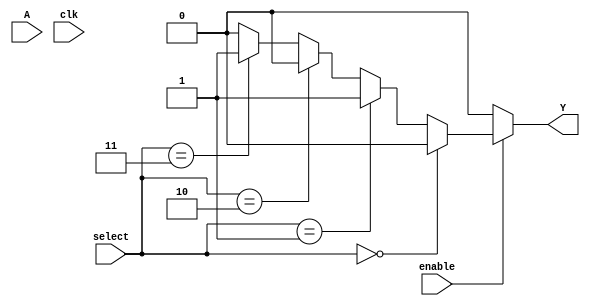
module CLB (
    input wire [3:0] A,          // 4-bit input for LUT
    input wire [1:0] select,     // 2-bit select for MUX
    input wire enable,            // Enable signal
    input wire clk,               // Clock signal (not used in combinational logic but included for structure)
    output wire Y                // Output of the CLB
);

// Internal signals
wire [15:0] lut_out;            // Output from the LUT (4-input LUT can have 16 possible outputs)
wire mux_out;                   // Output from the multiplexer

// LUT implementation (4-input LUT)
reg [15:0] lut_config = 16'b1010101010101010; // Example configuration for the LUT

always @(*) begin
    lut_out = lut_config; // Load LUT configuration
end

// MUX implementation
assign mux_out = (select == 2'b00) ? lut_out[0] :
                 (select == 2'b01) ? lut_out[1] :
                 (select == 2'b10) ? lut_out[2] :
                 (select == 2'b11) ? lut_out[3] : 1'b0;

// Enable logic
assign Y = enable ? mux_out : 1'b0; // Output is driven by MUX if enabled, otherwise 0

endmodule